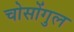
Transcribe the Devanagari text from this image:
चोसोंगुल